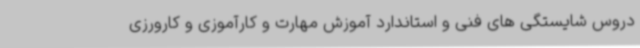
دروس شایستگی های فنی و استاندارد آموزش مهارت و کارآموزی و کارورزی